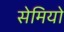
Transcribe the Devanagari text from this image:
सेमियो